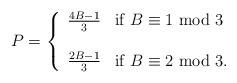
LaTeX: \begin{align*} P = \left \{\begin{array}{ll} \frac{4B-1}{3} & \mbox{if } B \equiv 1 \mbox{ mod } 3\\ \\\frac{2B-1}{3} & \mbox{if } B \equiv 2 \mbox{ mod } 3. \end{array}\right . \end{align*}